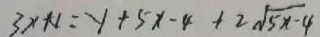
3 x + 1 = y + 5 x - 4 + 2 \sqrt { 5 x - 4 }